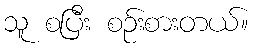
သူ စပြီး စဉ်းစားတယ်။